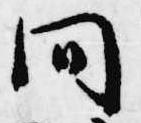
間